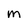
Character: M